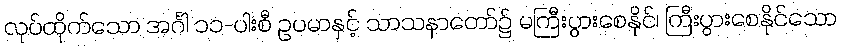
လုပ်ထိုက်သော အင်္ဂါ ၁၁-ပါးစီ ဥပမာနှင့် သာသနာတော်၌ မကြီးပွားစေနိုင်၊ ကြီးပွားစေနိုင်သော